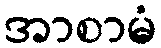
အာစာမံ